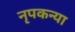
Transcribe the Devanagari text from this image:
नृपकन्या